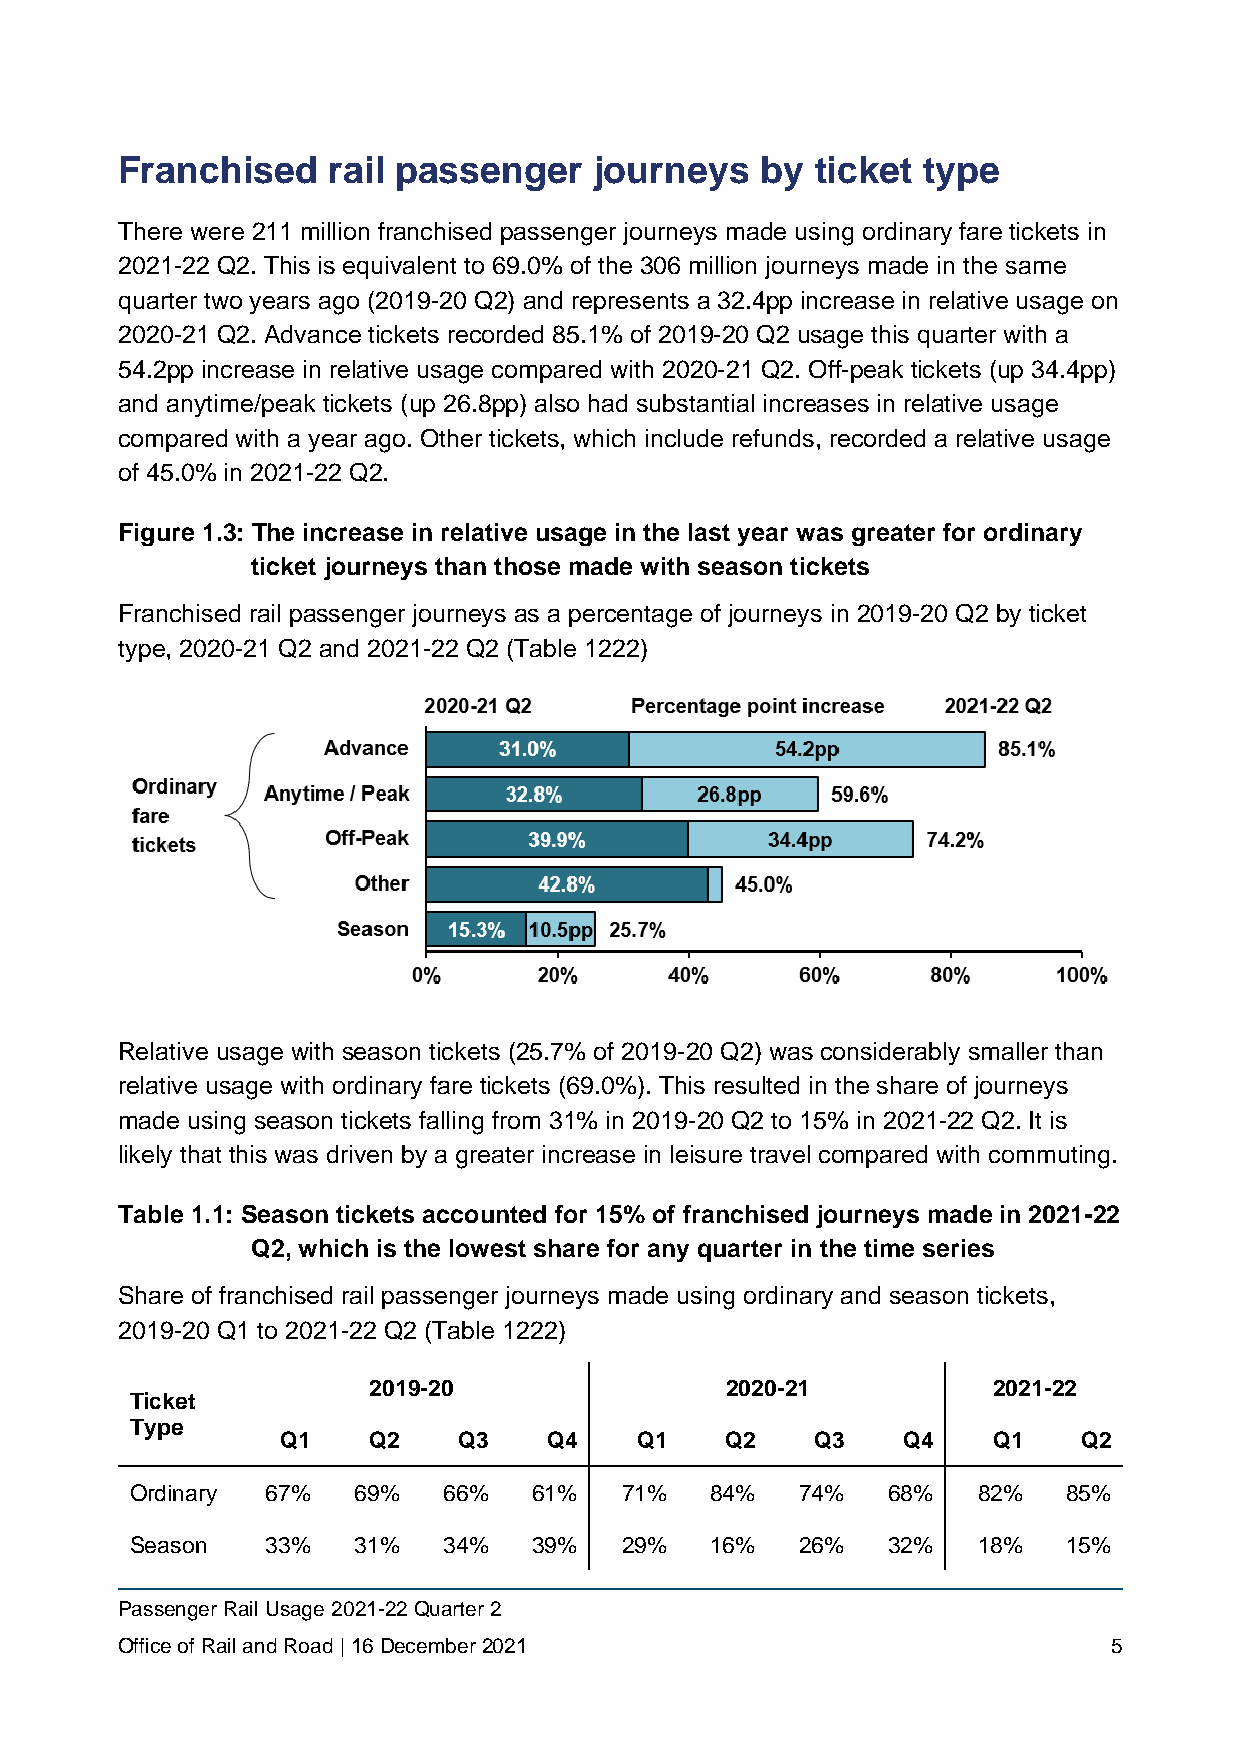
Franchised    rail passenger   journeys   by  ticket type
 There were 211 million franchised passenger journeys made using ordinary fare tickets in
 2021-22 Q2. This is equivalent to 69.0% of the 306 million journeys made in the same
 quarter two years ago (2019-20 Q2) and represents a 32.4pp increase in relative usage on
 2020-21 Q2. Advance tickets recorded 85.1% of 2019-20 Q2 usage this quarter with a
 54.2pp increase in relative usage compared with 2020-21 Q2. Off-peak tickets (up 34.4pp)
 and anytime/peak tickets (up 26.8pp) also had substantial increases in relative usage
 compared with a year ago. Other tickets, which include refunds, recorded a relative usage
 of 45.0% in 2021-22 Q2.
 Figure 1.3: The increase in relative usage in the last year was greater for ordinary
 ticket journeys than those made with season tickets
 Franchised rail passenger journeys as a percentage of journeys in 2019-20 Q2 by ticket
 type, 2020-21 Q2 and 2021-22 Q2 (Table 1222)
 Relative usage with season tickets (25.7% of 2019-20 Q2) was considerably smaller than
 relative usage with ordinary fare tickets (69.0%). This resulted in the share of journeys
 made using season tickets falling from 31% in 2019-20 Q2 to 15% in 2021-22 Q2. It is
 likely that this was driven by a greater increase in leisure travel compared with commuting.
 Table 1.1: Season tickets accounted for 15% of franchised journeys made in 2021-22
 Q2, which is the lowest share for any quarter in the time series
 Share of franchised rail passenger journeys made using ordinary and season tickets,
 2019-20 Q1 to 2021-22 Q2 (Table 1222)
 2019-20                 2020-21           2021-22
 Ticket
 Type
 Q1   Q2    Q3    Q4    Q1    Q2    Q3    Q4    Q1    Q2
 Ordinary 67%  69%   66%   61%   71%   84%   74%   68%   82%   85%
 Season   33%  31%   34%   39%   29%   16%   26%   32%   18%   15%
 Passenger Rail Usage 2021-22 Quarter 2
 Office of Rail and Road | 16 December 2021                        5